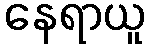
နေရာယူ